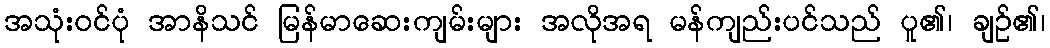
အသုံးဝင်ပုံ အာနိသင် မြန်မာဆေးကျမ်းများ အလိုအရ မန်ကျည်းပင်သည် ပူ၏၊ ချဉ်၏၊